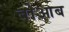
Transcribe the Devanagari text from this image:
बोआब